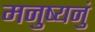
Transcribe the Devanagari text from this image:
मनुष्यनुं